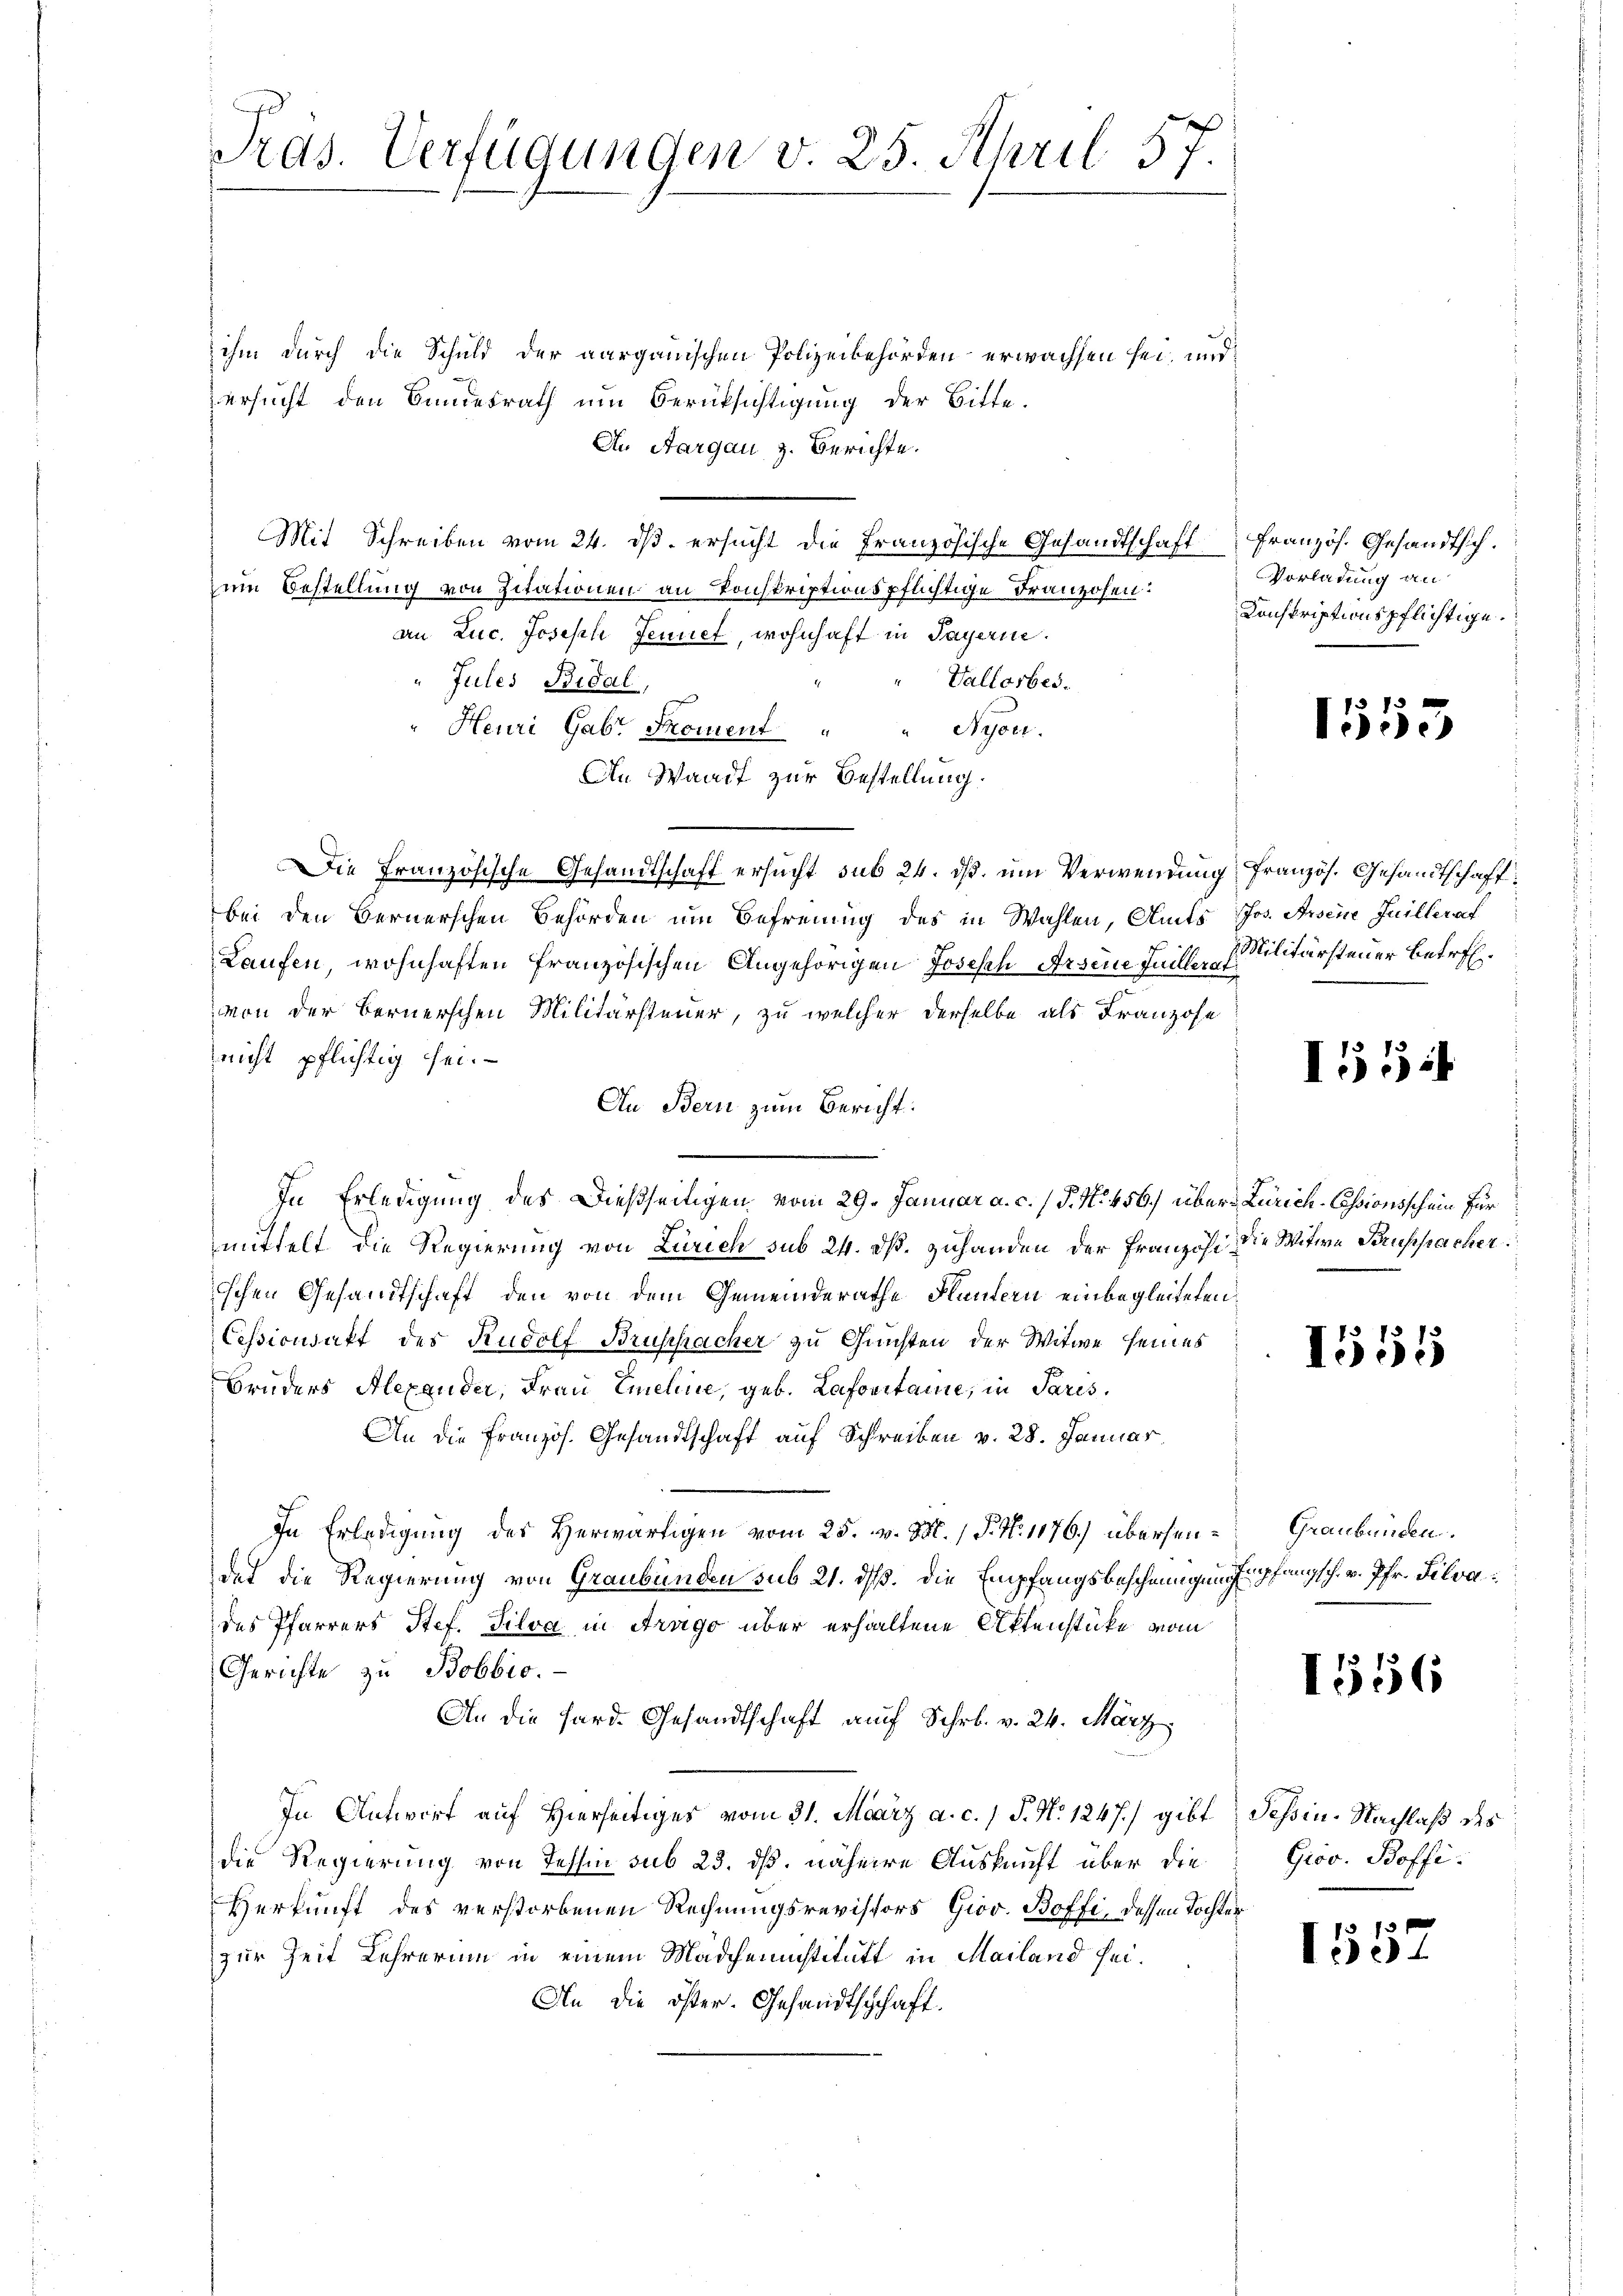
Prds. Verfügungen v. 25. April 57.

ihm durch die Schuld der aargauischen Polizeibehörden erwachsen sei, und
ersucht den Bundesrath um Berüksichtigung der Bitte.
An Aargau, z. Berichte.
Mit Schreiben vom 24. ds. ersucht die französische Gesandtschaft französ. Gesandtsch.
zum Bestellung von Citationen an konskriptionspflichtige Franzosen:
an Luc. Joseph Jennet, wohnhaft in Payerne.
Vallosbes.
Jules Bidal,
Heuri Gabr Skoment " " Nyon.
An Waadt zur Bestellung.
Die Französische Gesandtschaft ersucht sub 24. ds. um Verwendung französ. Gesandtschaft:
bei den Bernerschen Behörden um Befreung des in Wahlen, Amts Jos. Auseine Guillerat
Laufen, wohnhaften Französischen Angehörigen Joseph Arsene Faillen. Militärsteuer Betrefvon der Bernerschen Militärsteuer, zu welcher derselbe als Franzose
nicht pflichtig sei.
In Bern zum Bericht:
In Erledigung des Dießseitigen vom 29. Januar a. c. (T. N. 456. über Zürich-Cessionsschein für
mittelt die Regierung von Zürich sub 24. dß. Zuhanden der Französi, die Witwe Bruspacher
schen Gesandtschaft den von dem Gemeinderathe Fluntern einbegleiteten
Ceßionsakt des Rudolf Bruschacher zu Gunsten der Witwe seines
Bruders Alexander, Frau Emeline, geb. Lapontaire, in Paris,
An die Französ. Gesandtschaft auf Schreiben v. 28. Januar.
In Erledigung des Herwärtigen vom 25. v. 3. / P. N. 1176) übersen-Graubünden.
det die Regierung von Graubünden sub 21. ds. Die Empfangsbeschnungung empfangsch. v. Pfr. Silvades Pfarrers Stef. Silva in Arago über erhaltene Aktenstücke vom
Gerichte zu Bobbio.
An die Hard. Gesandtschaft auf Schr. v. 24. März
In Antwort auf Hierseitiges vom 31. März a. c. 1 S. N. 1247) gibt Tessin. Nachlaß des
die Regierung von Tessin sub 23. dß. nähere Auskunft über die
Herkunft des verstorbenen Rechnungsrevisors Giov. Boffi, dessen Tochter
zur Zeit Lehrerum in einem Mädcheninstitutt in Mailand sei¬
An die öster. Gesandtschschaft.

Vorladung an
Konskriptionspflichtige.

1553

I55

1555

1556

Grov. Boffi

f x
150